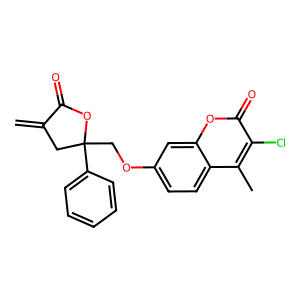
SMILES: C=C1CC(COc2ccc3c(C)c(Cl)c(=O)oc3c2)(c2ccccc2)OC1=O
Inhibits HIV replication: No